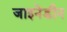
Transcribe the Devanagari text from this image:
जाइनेडीन